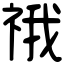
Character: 䄉